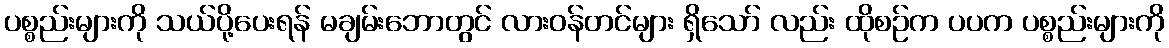
ပစ္စည်းများကို သယ်ပို့ပေးရန် မချမ်းဘောတွင် လားဝန်တင်များ ရှိသော် လည်း ထိုစဉ်က ပပက ပစ္စည်းများကို